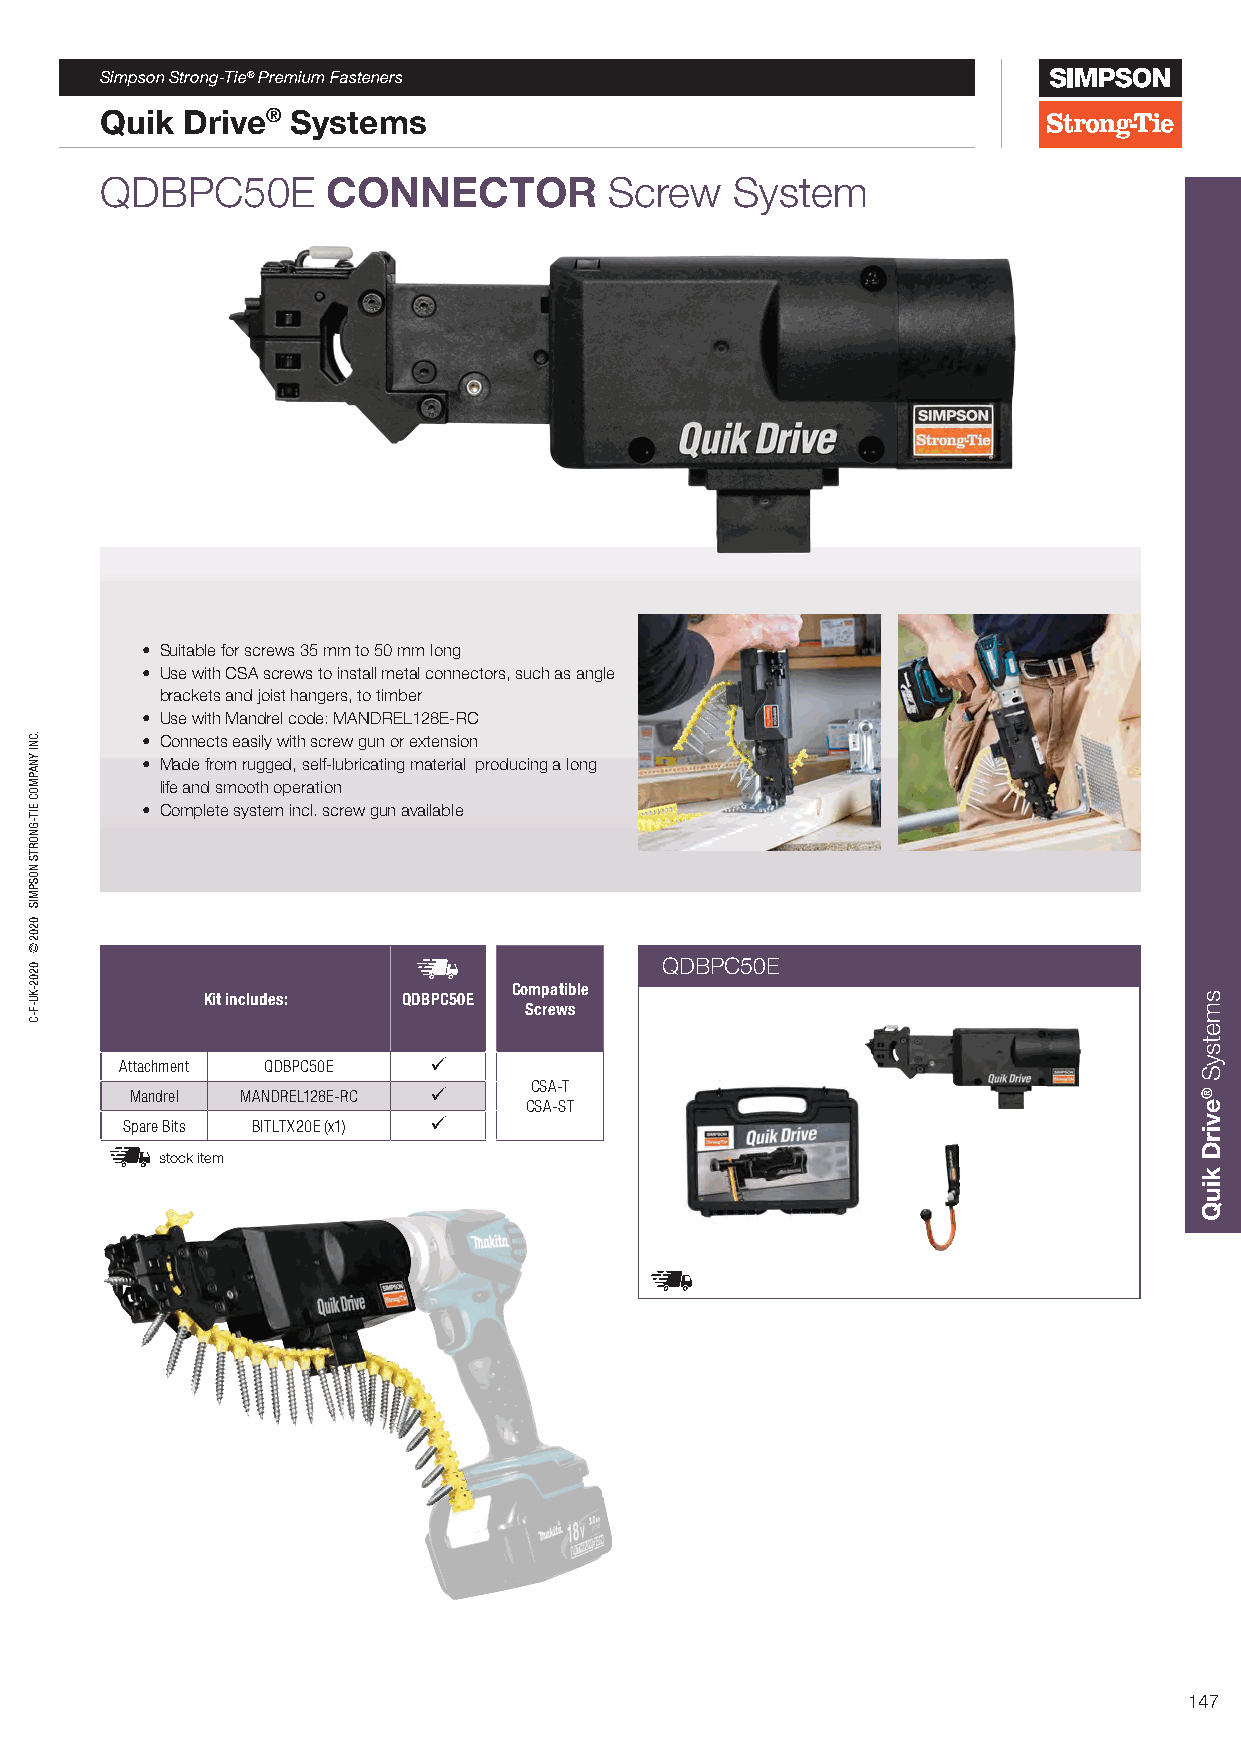
Simpson Strong-Tie® Premium Fasteners
 Quik Drive® Systems
 QDBPC50E       CONNECTOR         Screw    System
 • Suitable for screws 35 mm to 50 mm long
 • Use with CSA screws to install metal connectors, such as angle
 brackets and joist hangers, to timber
 • Use with Mandrel code: MANDREL128E-RC
 • Connects easily with screw gun or extension
 • Made from rugged, self-lubricating material producing a long
 life and smooth operation
 • Complete system incl. screw gun available
 QDBPC50E
 Compatible
 Kit includes: QDBPC50E
 Screws
 Attachment QDBPC50E 
 CSA-T
 Mandrel MANDREL128E-RC 
 CSA-ST
 Spare Bits BITLTX20E (x1) 
 stock item
 147
 .CNI
 YNAPMOC
 EIT-GNORTS
 NOSPMIS
 0202©
 0202-KU-F-C
 smetsyS
 ®evirD
 kiuQ